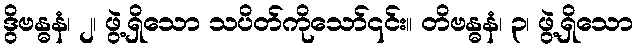
ဒွိဗန္ဓနံ၊ ၂၊ ဖွဲ့ရှိသော သပိတ်ကိုသော်၎င်း။ တိဗန္ဓနံ၊ ၃၊ ဖွဲ့ရှိသော